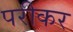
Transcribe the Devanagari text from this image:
परीकर